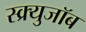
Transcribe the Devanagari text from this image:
स्क्र्युजॉब